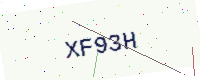
Text: XF93H